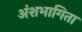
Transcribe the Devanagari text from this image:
अंशभागिता